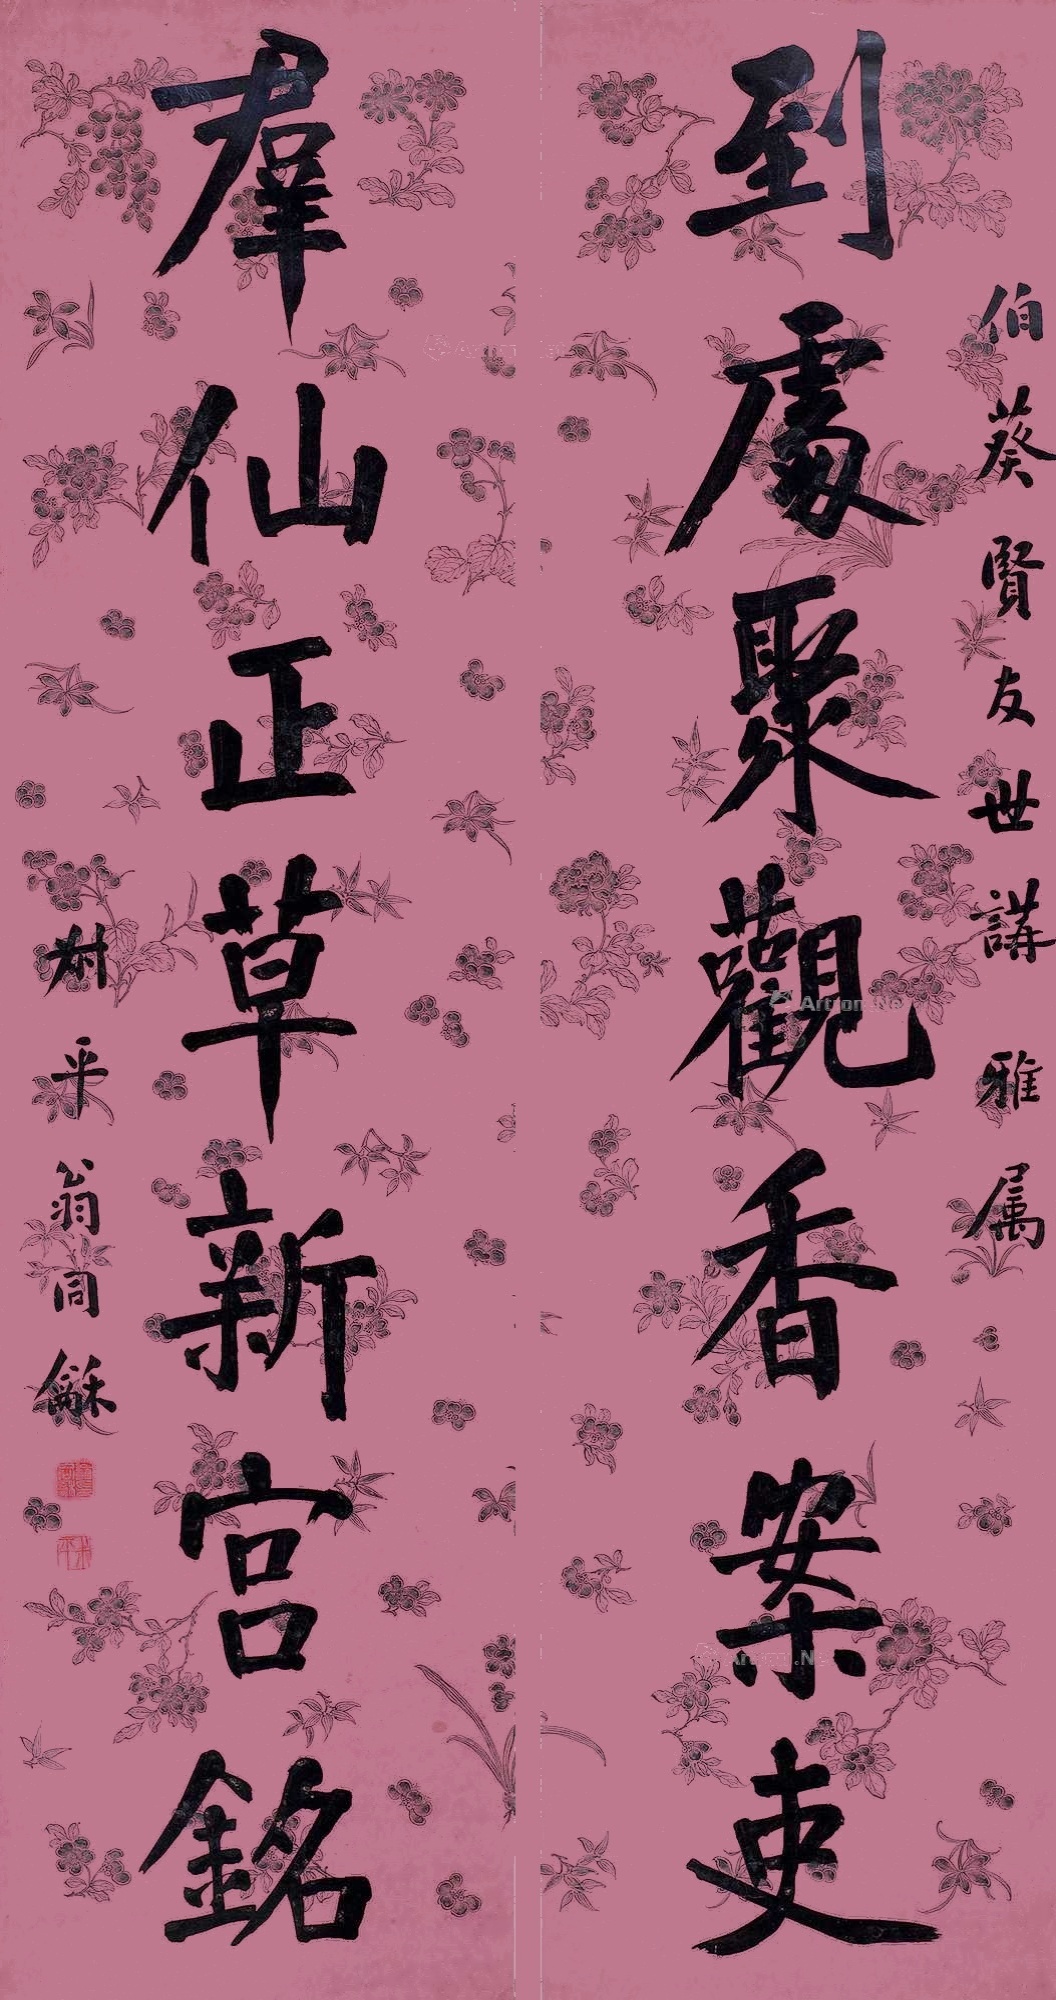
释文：到处聚观香案吏，群仙正草新宫铭。伯葵贤友世讲雅属，叔平翁同龢。